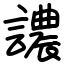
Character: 譨